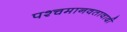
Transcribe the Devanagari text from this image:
पश्चमानवतावादी